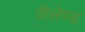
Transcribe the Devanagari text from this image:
वीलेण्ड